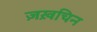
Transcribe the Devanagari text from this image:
ज़ख़चिन